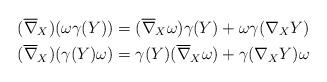
LaTeX: \begin{align*}(\overline{\nabla}_X)(\omega\gamma(Y))&=(\overline{\nabla}_X\omega)\gamma(Y)+\omega\gamma(\nabla_XY)\ \ \\(\overline{\nabla}_X)(\gamma(Y)\omega)&=\gamma(Y)(\overline{\nabla}_X\omega)+\gamma(\nabla_XY)\omega\ \ \end{align*}